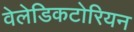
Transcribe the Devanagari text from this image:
वेलेडिकटोरियन